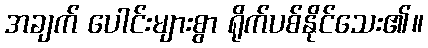
အချက် ပေါင်းများစွာ ရိုက်ပစ်နိုင်သေး၏။